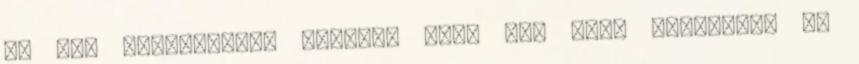
mi fog következni. Hallom, hogy azt kéri lassítsak de